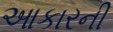
આકારની